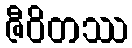
ဇီဝိတဿ